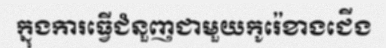
ក្នុងការធ្វើជំនួញជាមួយកូរ៉េខាងជើង